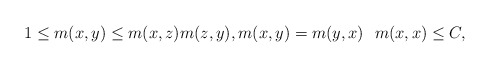
\begin{align*} 1\leq m(x,y) \leq m(x,z)m(z,y),m(x,y) = m(y,x)\ \ m(x,x) \leq C, \end{align*}